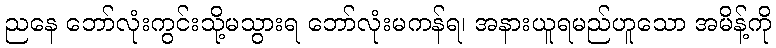
ညနေ ဘော်လုံးကွင်းသို့မသွားရ ဘော်လုံးမကန်ရ၊ အနားယူရမည်ဟူသော အမိန့်ကို